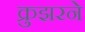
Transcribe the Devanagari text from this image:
क्रुझरने